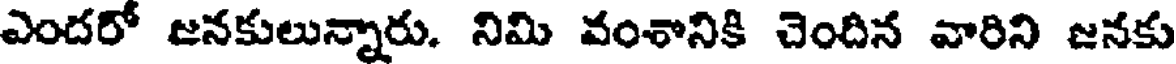
ఎందరో జనకులున్నారు. నిమి వంశానికి చెందిన వారిని జనకు